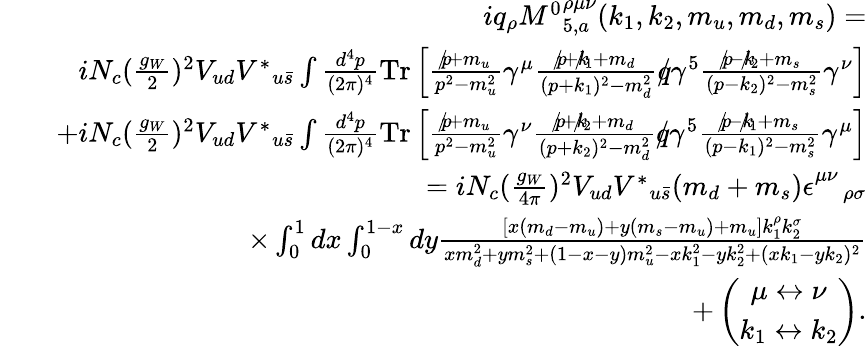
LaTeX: \begin{array}{rlr}&{}&{iq_{\rho}{M^{0}}_{5,a}^{\rho\mu\nu}(k_{1},k_{2},m_{u},m_{d},m_{s})=}\\ &{}&{iN_{c}(\frac{g_{W}}{2})^{2}V_{ud}{V^{\ast}}_{u\bar{s}}\int\frac{d^{4}p}{(2\pi)^{4}}\mathrm{{Tr}}\left[\frac{p\! \! \! /+m_{u}}{p^{2}-m_{u}^{2}}\gamma^{\mu}\frac{p\! \! \! /+k\! \! \! /_{1}+m_{d}}{(p+k_{1})^{2}-m_{d}^{2}}q\! \! \! /\gamma^{5}\frac{p\! \! \! /-k\! \! \! /_{2}+m_{s}}{(p-k_{2})^{2}-m_{s}^{2}}\gamma^{\nu}\right]}\\ &{}&{+iN_{c}(\frac{g_{W}}{2})^{2}V_{ud}{V^{\ast}}_{u\bar{s}}\int\frac{d^{4}p}{(2\pi)^{4}}{\mathrm{Tr}}\left[\frac{p\! \! \! /+m_{u}}{p^{2}-m_{u}^{2}}\gamma^{\nu}\frac{p\! \! \! /+k\! \! \! /_{2}+m_{d}}{(p+k_{2})^{2}-m_{d}^{2}}q\! \! \! /\gamma^{5}\frac{p\! \! \! /-k\! \! \! /_{1}+m_{s}}{(p-k_{1})^{2}-m_{s}^{2}}\gamma^{\mu}\right]}\\ &{}&{=iN_{c}(\frac{g_{W}}{4\pi})^{2}V_{ud}{V^{\ast}}_{u\bar{s}}(m_{d}+m_{s})\epsilon_{\quad\rho\sigma}^{\mu\nu}}\\ &{}&{\times\int_{0}^{1}dx\int_{0}^{1-x}dy\frac{\left[x(m_{d}-m_{u})+y(m_{s}-m_{u})+m_{u}\right]k_{1}^{\rho}k_{2}^{\sigma}}{xm_{d}^{2}+ym_{s}^{2}+(1-x-y)m_{u}^{2}-xk_{1}^{2}-yk_{2}^{2}+(xk_{1}-yk_{2})^{2}}}\\ &{}&{+\left(\begin{array}{c}{\mu\leftrightarrow\nu}\\ {k_{1}\leftrightarrow k_{2}}\end{array}\right).}\end{array}